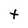
Character: t